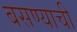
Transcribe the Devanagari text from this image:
बसण्‍याची